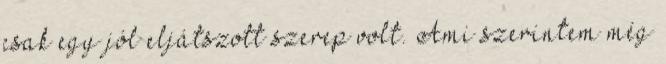
csak egy jól eljátszott szerep volt. Ami szerintem még